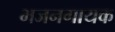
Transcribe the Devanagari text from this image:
भजनगायक